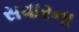
સવારના